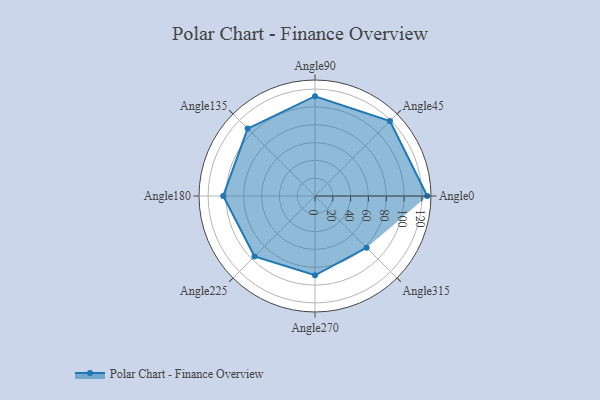
{"axis": {"x": "Angle", "y": "Radius"}, "legend": [""], "data": [{"x": "Angle0", "y": 126.0, "type": ""}, {"x": "Angle45", "y": 119.0, "type": ""}, {"x": "Angle90", "y": 112.0, "type": ""}, {"x": "Angle135", "y": 107.0, "type": ""}, {"x": "Angle180", "y": 103.0, "type": ""}, {"x": "Angle225", "y": 96.0, "type": ""}, {"x": "Angle270", "y": 89.0, "type": ""}, {"x": "Angle315", "y": 82.0, "type": ""}]}